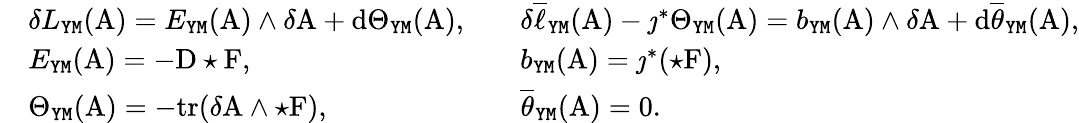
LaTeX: \begin{array}{rlrl}&{\delta L_{\mathtt{YM}}(\mathrm{A})=E_{\mathtt{YM}}(\mathrm{A})\wedge\delta\mathrm{A}+\mathrm{d}\Theta_{\mathtt{YM}}(\mathrm{A}),}&&{\delta\overline{{\ell}}_{\mathtt{YM}}(\mathrm{A})-\jmath^{*}\Theta_{\mathtt{YM}}(\mathrm{A})=b_{\mathtt{YM}}(\mathrm{A})\wedge\delta\mathrm{A}+\mathrm{d}\overline{{\theta}}_{\mathtt{YM}}(\mathrm{A}),}\\ &{E_{\mathtt{YM}}(\mathrm{A})=-\mathrm{D}\star\mathrm{F},}&&{b_{\mathtt{YM}}(\mathrm{A})=\jmath^{*}(\star\mathrm{F}),}\\ &{\Theta_{\mathtt{YM}}(\mathrm{A})=-\mathrm{tr}(\delta\mathrm{A}\wedge\star\mathrm{F}),}&&{\overline{{\theta}}_{\mathtt{YM}}(\mathrm{A})=0.}\end{array}